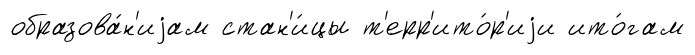
образова́н'иjам стан'и́цы т'ерр'ито́р'иjи ито́гам